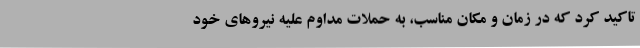
تاکید کرد که در زمان و مکان مناسب، به حملات مداوم علیه نیروهای خود